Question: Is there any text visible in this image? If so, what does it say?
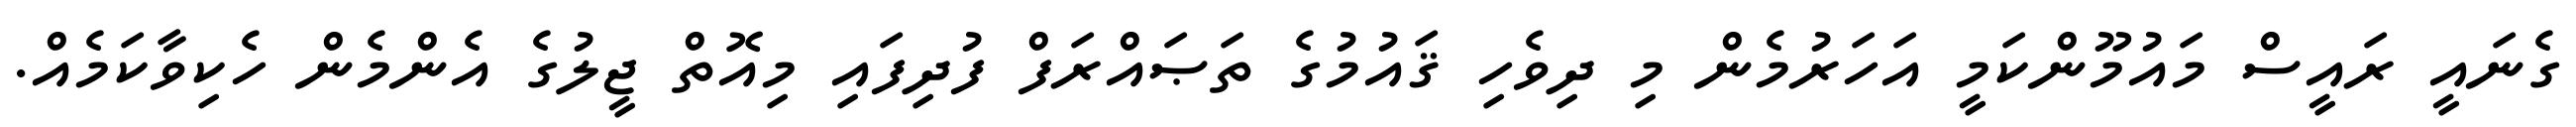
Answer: ގެނައީ ރައީސް މައުމޫންކަމީ އަހަރުމެން މި ދިވެހި ޤައުމުގެ ތަޞައްރަފް ފުދިފައި މިއޮތް ޖީލުގެ އެންމެން ހެކިވާކަމެއް.